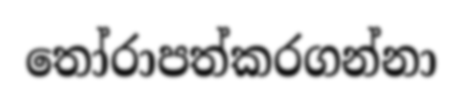
තෝරාපත්කරගන්නා